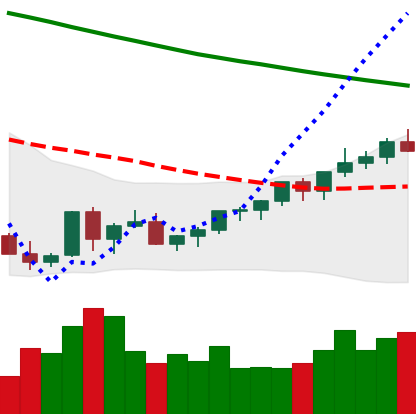
Ticker: XLM-USD
Chart end date: 2022-03-25
Forward return: 10.991%
Label: up_7plus